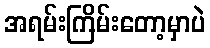
အရမ်းကြိမ်းတော့မှာပဲ